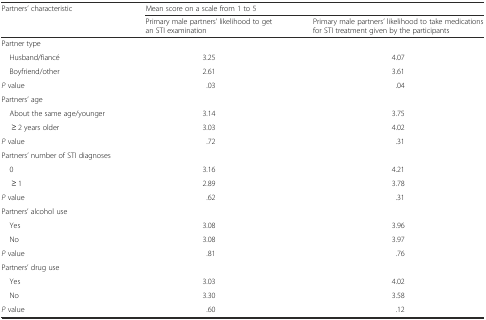
| <ROWSPAN=2> Partners’ characteristic | <COLSPAN=2> Mean score on a scale from 1 to 5 |
 | Primary male partners’ likelihood to get an STI examination | Primary male partners’ likelihood to take medications for STI treatment given by the participants |
 | --- | --- | --- |
 | <COLSPAN=3> Partner type |
 | Husband/fiancé | 3.25 | 4.07 |
 | Boyfriend/other | 2.61 | 3.61 |
 | P value | .03 | .04 |
 | <COLSPAN=3> Partners’ age |
 | About the same age/younger | 3.14 | 3.75 |
 | ≥ 2 years older | 3.03 | 4.02 |
 | P value | .72 | .31 |
 | <COLSPAN=3> Partners’ number of STI diagnoses |
 | 0 | 3.16 | 4.21 |
 | ≥ 1 | 2.89 | 3.78 |
 | P value | .62 | .31 |
 | <COLSPAN=3> Partners’ alcohol use |
 | Yes | 3.08 | 3.96 |
 | No | 3.08 | 3.97 |
 | P value | .81 | .76 |
 | <COLSPAN=3> Partners’ drug use |
 | Yes | 3.03 | 4.02 |
 | No | 3.30 | 3.58 |
 | P value | .60 | .12 |